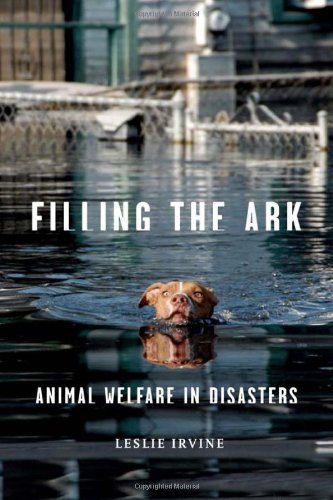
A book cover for Filling the Ark: Animal Welfare in Disasters (Animals and Ethics); Leslie Irvine; Science & Math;